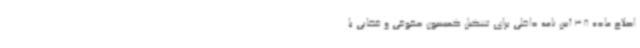
اصلاح ماده 38 آیین نامه داخلی برای تشکیل کمیسیون حقوقی و قضایی با